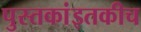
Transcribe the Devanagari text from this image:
पुस्तकांइतकीच